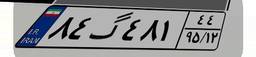
۸۴گ۴۸۱۴۴